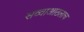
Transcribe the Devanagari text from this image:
सव्वाआठलाच